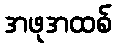
အဖုအထစ်